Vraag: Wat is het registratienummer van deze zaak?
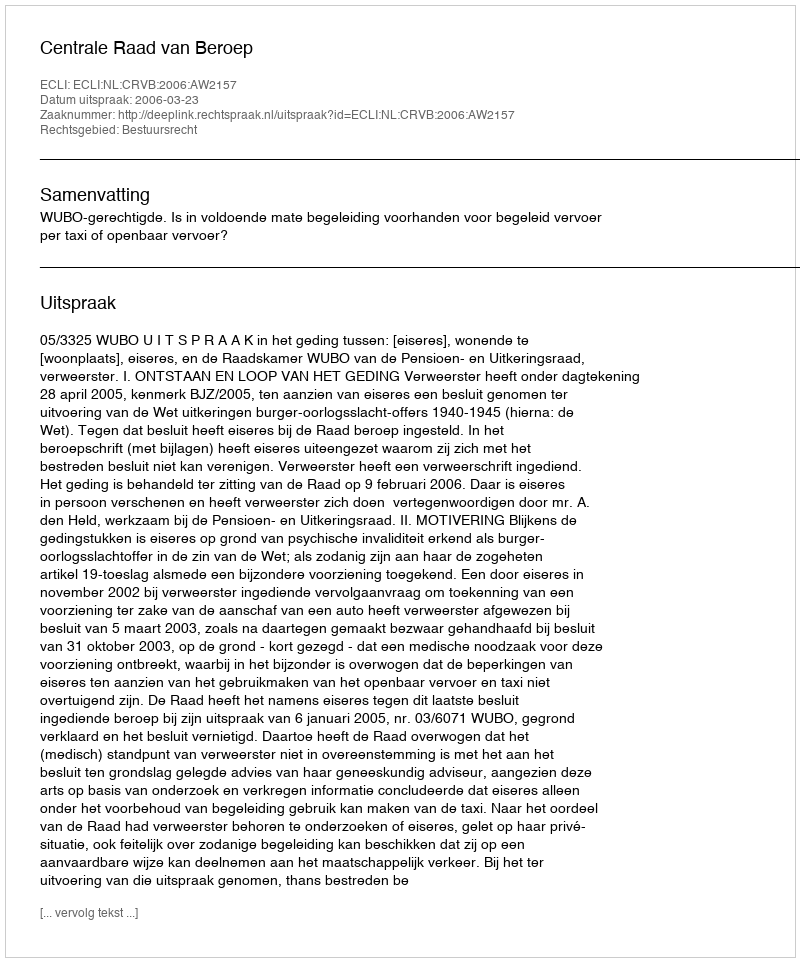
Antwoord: http://deeplink.rechtspraak.nl/uitspraak?id=ECLI:NL:CRVB:2006:AW2157